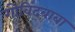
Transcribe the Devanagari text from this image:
गोविंदबाबा